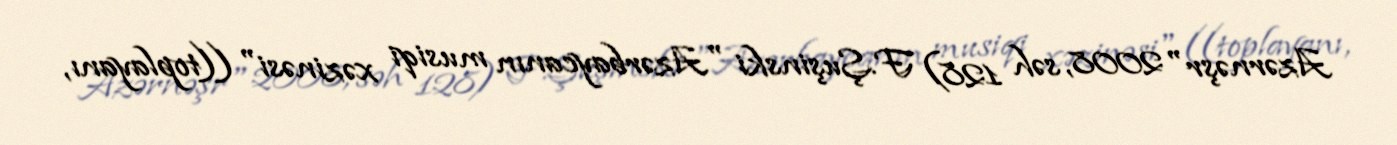
Azərnəşr" 2008, səh 128) F.Şuşinski "Azərbaycanın musiqi xəzinəsi" ((toplayanı,